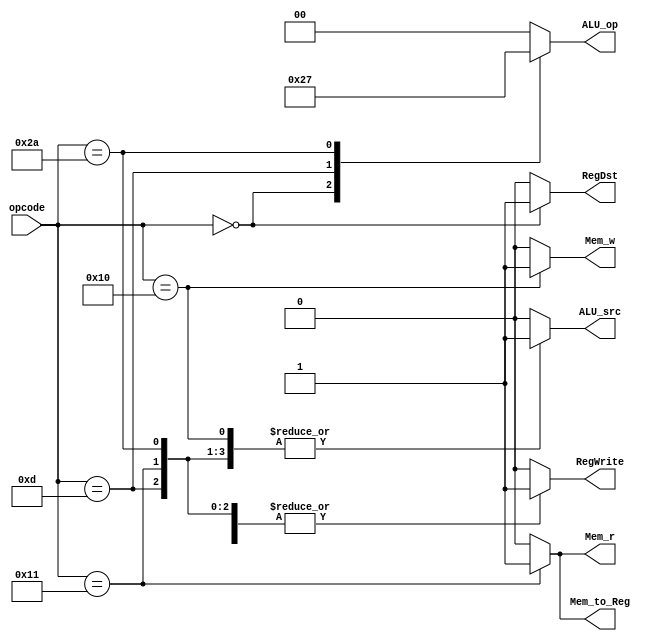
`define R_TYPE 6'b000000
`define SUBIU 6'b001101
`define SW 6'b010000
`define LW 6'b010001
`define SLTI 6'b101010

module Control(
    // Outputs
    output reg RegDst,
    output reg RegWrite,
    output reg [1:0] ALU_op,
    output reg ALU_src,
    output reg Mem_w,
    output reg Mem_r,
    output reg Mem_to_Reg,
    // Inputs
    input [5:0] opcode
);
    
    always @(*) begin
        case(opcode)
            `R_TYPE: begin
                RegDst <= 1'b1;
                RegWrite <= 1'b1;
                ALU_op <= 2'b10;
                ALU_src <= 1'b0;
                Mem_w <= 1'b0;
                Mem_r <= 1'b0;
                Mem_to_Reg <= 1'b0;
            end
            `SUBIU: begin
                RegDst <= 1'b0;
                RegWrite <= 1'b1;
                ALU_op <= 2'b01;
                ALU_src <= 1'b1;
                Mem_w <= 1'b0;
                Mem_r <= 1'b0;
                Mem_to_Reg <= 1'b0;
            end
            `SW: begin
                RegDst <= 1'b0;
                RegWrite <= 1'b0;
                ALU_op <= 2'b00;
                ALU_src <= 1'b1;
                Mem_w <= 1'b1;
                Mem_r <= 1'b0;
                Mem_to_Reg <= 1'b0;
            end
            `LW: begin
                RegDst <= 1'b0;
                RegWrite <= 1'b1;
                ALU_op <= 2'b00;
                ALU_src <= 1'b1;
                Mem_w <= 1'b0;
                Mem_r <= 1'b1;
                Mem_to_Reg <= 1'b1;
            end
            `SLTI: begin
                RegDst <= 1'b0;
                RegWrite <= 1'b1;
                ALU_op <= 2'b11;
                ALU_src <= 1'b1;
                Mem_w <= 1'b0;
                Mem_r <= 1'b0;
                Mem_to_Reg <= 1'b0;
            end
            default: begin
                RegDst <= 1'b0;
                RegWrite <= 1'b0;
                ALU_op <= 2'b00;
                ALU_src <= 1'b0;
                Mem_w <= 1'b0;
                Mem_r <= 1'b0;
                Mem_to_Reg <= 1'b0;
            end
        endcase
    end
endmodule